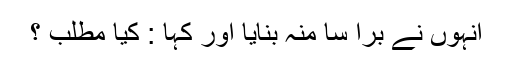
انہوں نے برا سا منہ بنایا اور کہا : کیا مطلب ؟